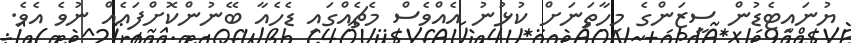
ޔުނައިޓެޑުން ސީޒަންގެ މިހާތަނަށް ކުޅުނު އެއްވެސް މެޗެއްގައި ޑެހެއާ ބޭނުންކޮށްފައެއް ނުވެ އެވެ.